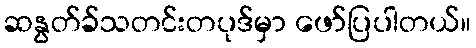
ဆနွတ်ခ်သတင်းတပုဒ်မှာ ဖော်ပြပါတယ်။